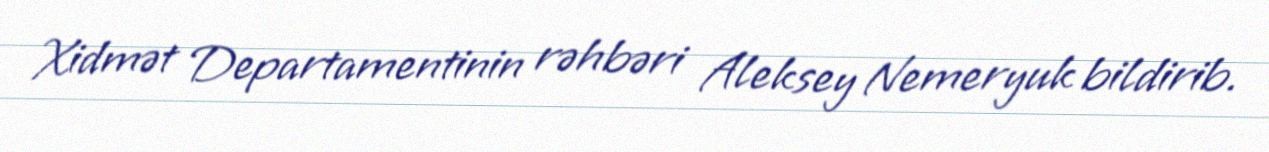
Xidmət Departamentinin rəhbəri Aleksey Nemeryuk bildirib.